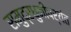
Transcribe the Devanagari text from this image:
समुद्रधुनीपर्यंत